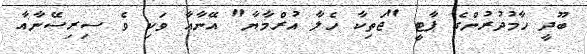
ބޫދީ ހާމުދުރުންގެ ޕާޓީ "ޖަތިކާ ހެލާ އުރްމާޔާ" އޭނާއާ ވަކި ވެ ސިރިސޭނާއާ